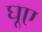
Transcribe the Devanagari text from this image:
घूए